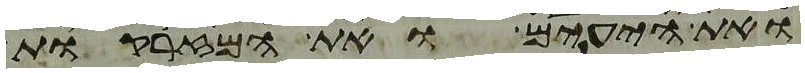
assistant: ואת היעים ואת המזרקות